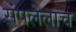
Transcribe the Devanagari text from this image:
संपलेलाच